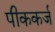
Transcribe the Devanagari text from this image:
पीककर्ज